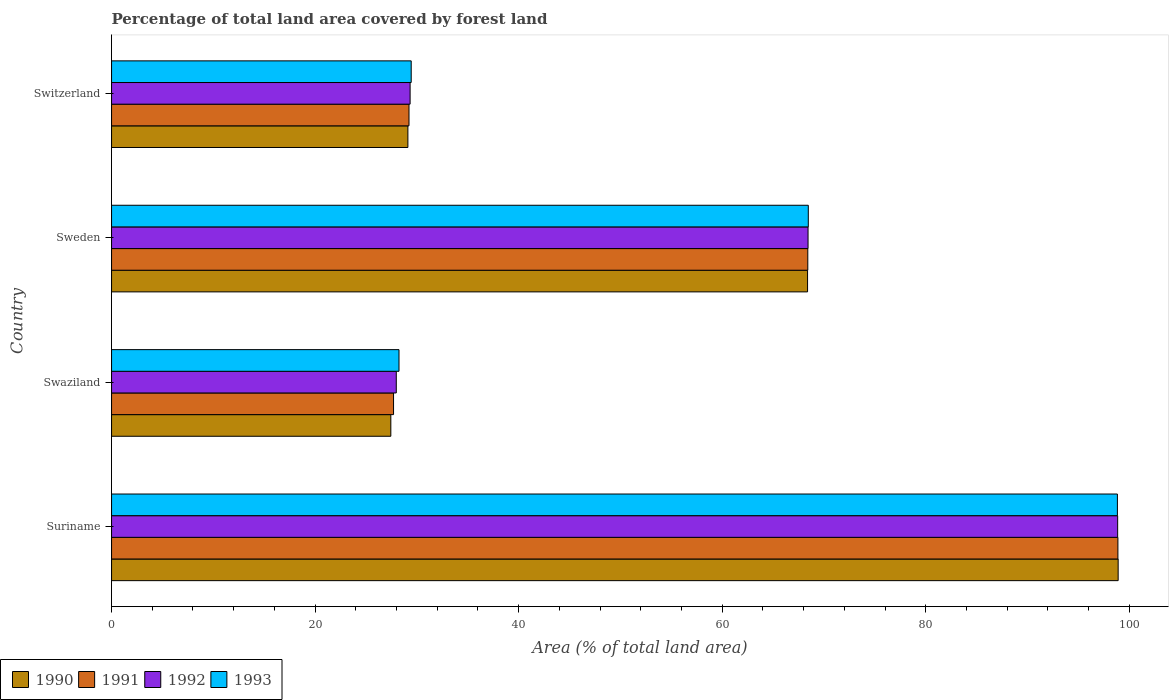
| Country | 1990 | 1991 | 1992 | 1993 |
 | --- | --- | --- | --- | --- |
 | Suriname | 98.9 | 98.9 | 98.9 | 98.8 |
 | Swaziland | 27.4 | 27.7 | 28 | 28.2 |
 | Sweden | 68.4 | 68.4 | 68.4 | 68.5 |
 | Switzerland | 29.1 | 29.2 | 29.3 | 29.4 |